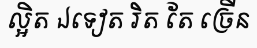
ល្អិត ឯទៀត រិត តែ ច្រើន